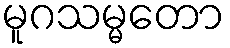
မူဂသမ္မတော